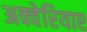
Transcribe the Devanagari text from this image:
अक्वेरियाए